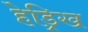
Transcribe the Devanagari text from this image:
हेड्रिख